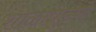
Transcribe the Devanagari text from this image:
शाळापेडणे